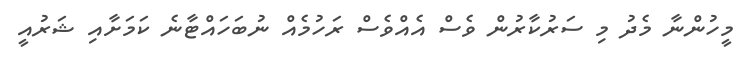
މީހުންނާ މެދު މި ސަރުކާރުން ވެސް އެއްވެސް ރަހުމެއް ނުބަހައްޓާނެ ކަމަށާއި ޝަރުއީ